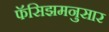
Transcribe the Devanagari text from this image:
फॅसिझमनुसार